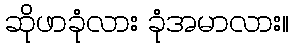
ဆိုဖာခုံလား ခုံအမာလား။